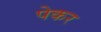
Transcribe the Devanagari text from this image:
पेकर